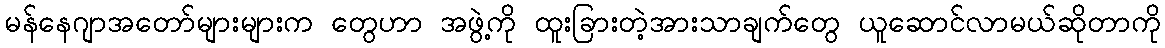
မန်နေဂျာအတော်များများက တွေဟာ အဖွဲ့ကို ထူးခြားတဲ့အားသာချက်တွေ ယူဆောင်လာမယ်ဆိုတာကို